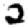
Digit: 2